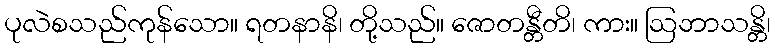
ပုလဲစသည်ကုန်သော။ ရတနာနိ၊ တို့သည်။ ဇောတန္တီတိ၊ ကား။ ဩဘာသန္တိ၊